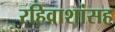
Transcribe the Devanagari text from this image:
रहिवाशांसह